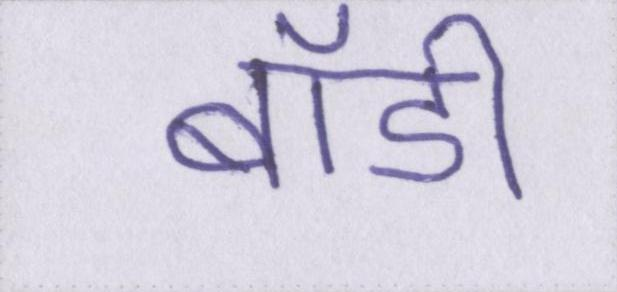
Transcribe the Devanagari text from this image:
बॉडी